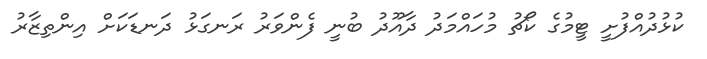
ކުޅުދުއްފުށީ ޓީމުގެ ކޯޗު މުހައްމަދު ދާއޫދު ބުނީ ފެންވަރު ރަނގަޅު ދަނޑަކަށް އިންތިޒާރު